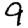
Digit: 9